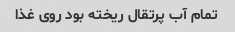
تمام آب پرتقال ریخته بود روی غذا